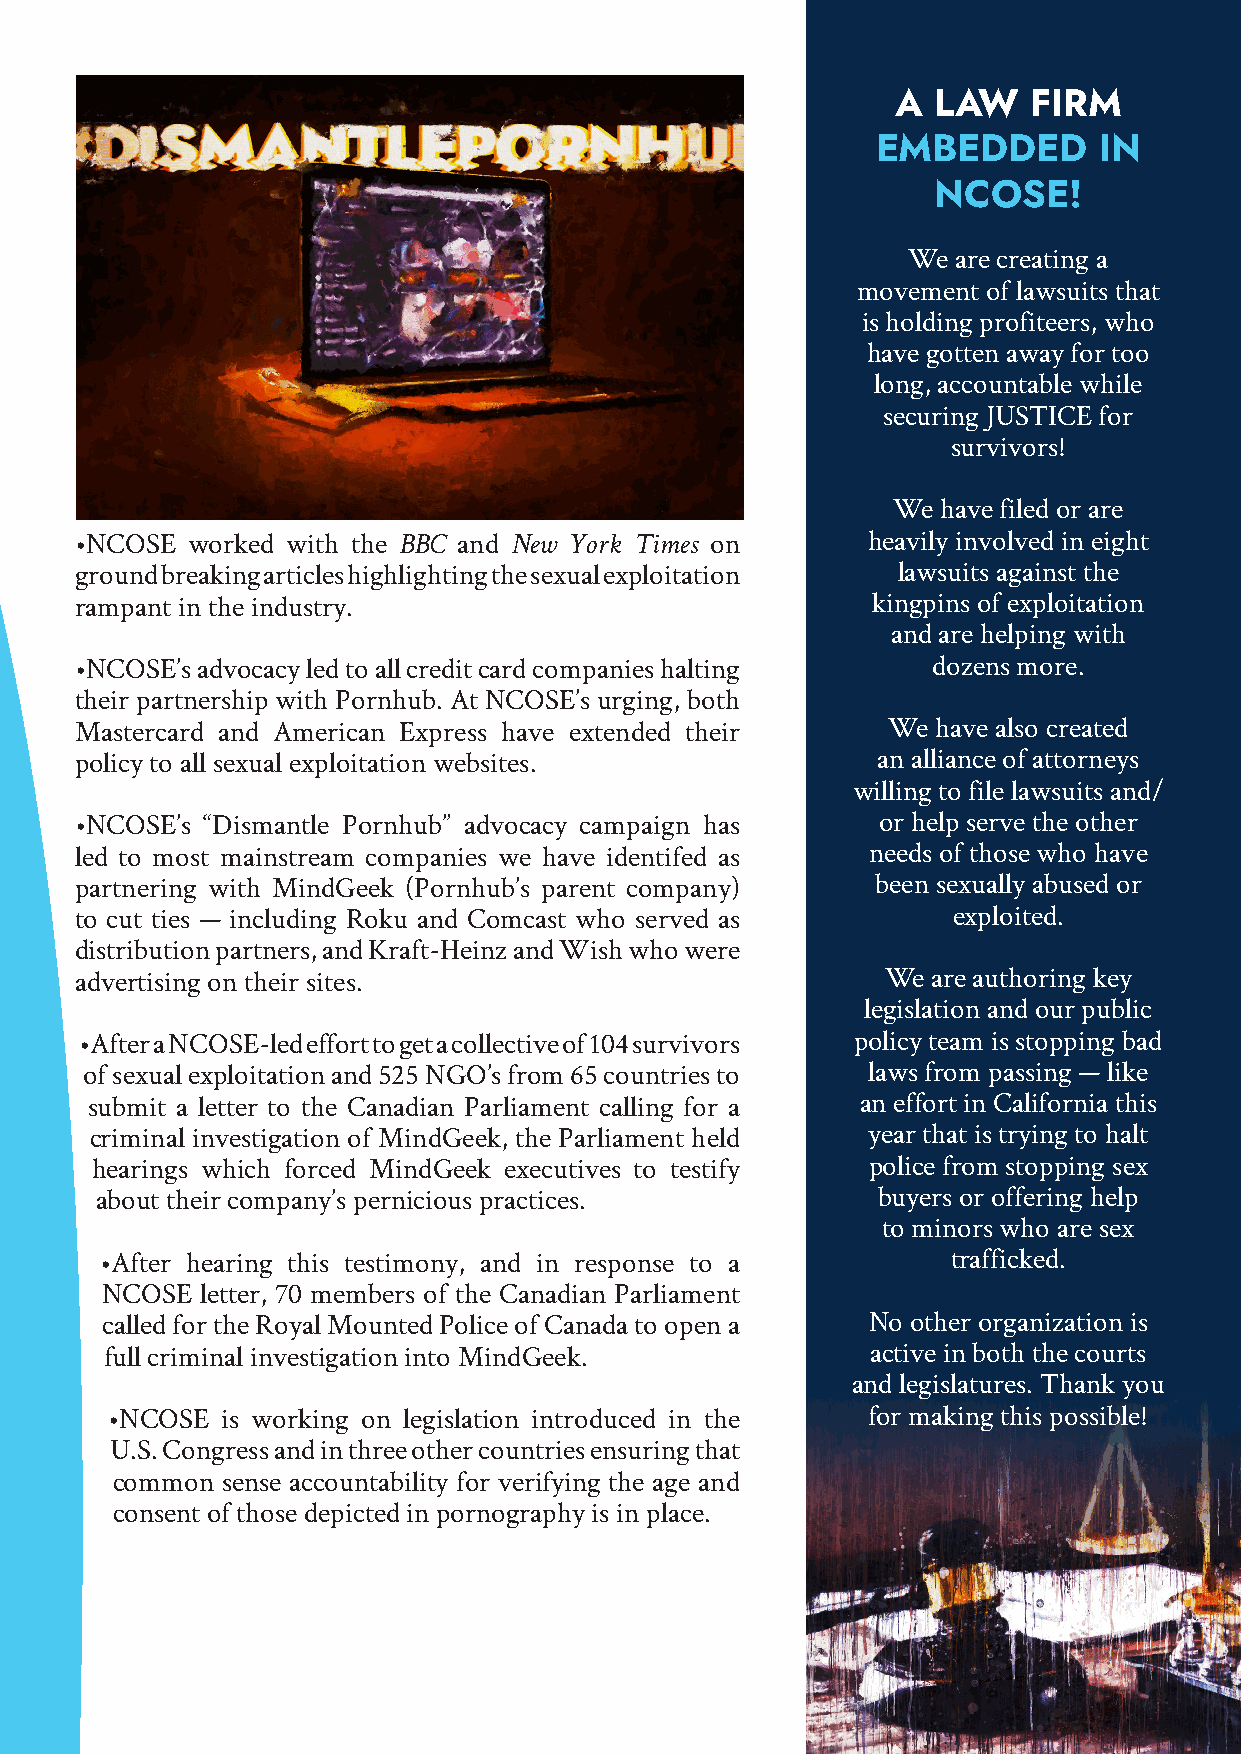
A  LAW   FIRM
 EMBEDDED       IN
 NCOSE!
 We are creating a
 movement of lawsuits that
 is holding profiteers, who
 have gotten away for too
 long, accountable while
 securing JUSTICE for
 survivors!
 We have filed or are
 •NCOSE worked with the BBC and New York Times on    heavily involved in eight
 ground breaking articles highlighting the sexual exploitation lawsuits against the
 rampant in the industry.                             kingpins of exploitation
 and are helping with
 •NCOSE’s advocacy led to all credit card companies halting dozens more.
 their partnership with Pornhub. At NCOSE’s urging, both
 Mastercard and American Express have extended their   We have also created
 policy to all sexual exploitation websites.          an alliance of attorneys
 willing to file lawsuits and/
 •NCOSE’s “Dismantle Pornhub” advocacy campaign has   or help serve the other
 led to most mainstream companies we have identifed as needs of those who have
 partnering with MindGeek (Pornhub’s parent company)  been sexually abused or
 to cut ties — including Roku and Comcast who served as    exploited.
 distribution partners, and Kraft-Heinz and Wish who were
 advertising on their sites.                           We are authoring key
 legislation and our public
 •After a NCOSE-led effort to get a collective of 104 survivors policy team is stopping bad
 of sexual exploitation and 525 NGO’s from 65 countries to laws from passing — like
 submit a letter to the Canadian Parliament calling for a an effort in California this
 criminal investigation of MindGeek, the Parliament held year that is trying to halt
 hearings which forced MindGeek executives to testify police from stopping sex
 about their company’s pernicious practices.         buyers or offering help
 to minors who are sex
 •After hearing this testimony, and in response to a     trafficked.
 NCOSE letter, 70 members of the Canadian Parliament
 called for the Royal Mounted Police of Canada to open a No other organization is
 full criminal investigation into MindGeek.         active in both the courts
 and legislatures. Thank you
 •NCOSE  is working on legislation introduced in the for making this possible!
 U.S. Congress and in three other countries ensuring that
 common  sense accountability for verifying the age and
 consent of those depicted in pornography is in place.
 9